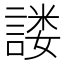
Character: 𰵂